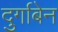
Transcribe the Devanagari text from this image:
दुर्गाबेन